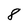
Character: 8